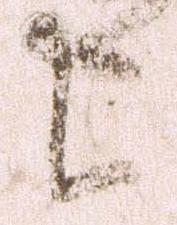
上